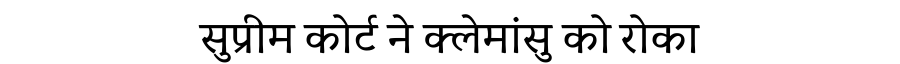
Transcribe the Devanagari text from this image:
सुप्रीम कोर्ट ने क्लेमांसु को रोका